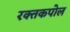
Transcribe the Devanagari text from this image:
रक्तकपोल